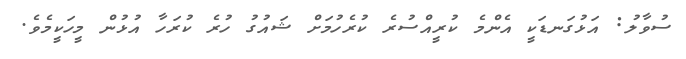
ސުވާލު: އަޅުގަނޑަކީ އެންމެ ކުރީއްސުރެ ކުރެހުމަށް ޝައުގު ހުރެ ކުރަހާ އުޅުން މީހަކީމެވެ.